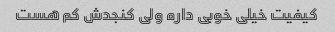
کیفیت خیلی خوبی داره ولی کنجدش کم هست